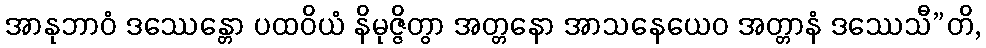
အာနုဘာဝံ ဒဿေန္တော ပထဝိယံ နိမုဇ္ဇိတွာ အတ္တနော အာသနေယေဝ အတ္တာနံ ဒဿေသီ”တိ,